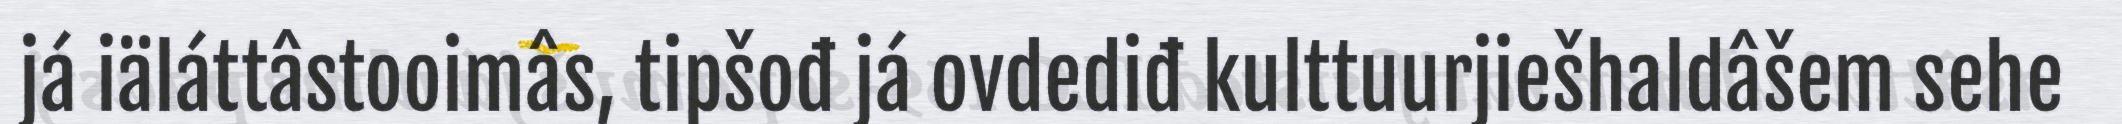
já iäláttâstooimâs, tipšođ já ovdediđ kulttuurjiešhaldâšem sehe